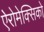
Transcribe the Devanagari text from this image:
ऐरोमेक्सिको